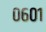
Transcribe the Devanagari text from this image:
०६०१